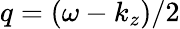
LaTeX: q=(\omega-k_{z})/2